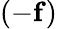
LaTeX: (-\mathbf{f})